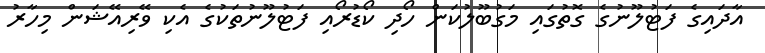
އާދައިގެ ފަޓުލޫނުގެ ގޮތުގައި މަގުބޫލުކަން ހޯދި ކޯޑުރޯއި ފަޓުލޫނުތަކުގެ އެކި ވޭރިއޭޝަން މިހާރު